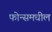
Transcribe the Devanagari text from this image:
फोन्समधील